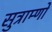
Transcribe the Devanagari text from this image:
सुत्राम्णो